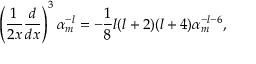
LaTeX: \left( { \frac { 1 } { 2 x } } { \frac { d } { d x } } \right) ^ { 3 } \alpha _ { m } ^ { - l } = - { \frac { 1 } { 8 } } l ( l + 2 ) ( l + 4 ) \alpha _ { m } ^ { - l - 6 } ,